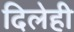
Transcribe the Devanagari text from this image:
दिलेही